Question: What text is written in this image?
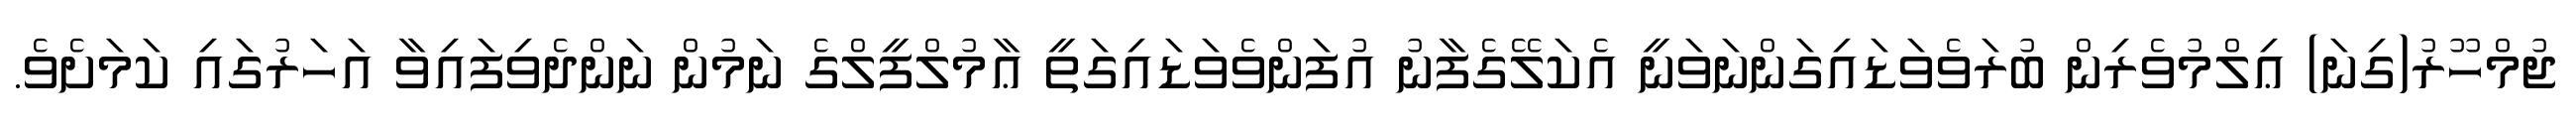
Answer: ޖުމްހޫރު(ގިނަ) ޢިލްމުވެރިން ބުރަވެވަޑައިގަންނަވަނީ އެކަލޭގެފާނު އުފަންވެވަޑައިގަތީ ޢާމުލްފީލްގެ ނަމުން ނަންދެވިފައިވާ އަހަރުގައި ކަމަށެވެ.